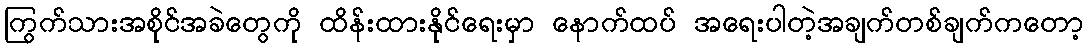
ကြွက်သားအစိုင်အခဲတွေကို ထိန်းထားနိုင်ရေးမှာ နောက်ထပ် အရေးပါတဲ့အချက်တစ်ချက်ကတော့